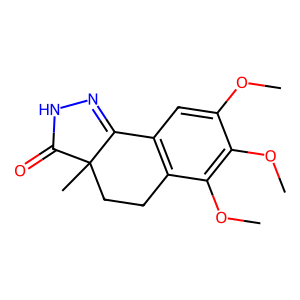
SMILES: COc1cc2c(c(OC)c1OC)CCC1(C)C(=O)NN=C21
Inhibits HIV replication: No